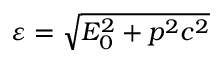
\varepsilon = \sqrt { E _ { 0 } ^ { 2 } + p ^ { 2 } c ^ { 2 } }